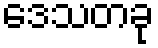
ဒေသတခု